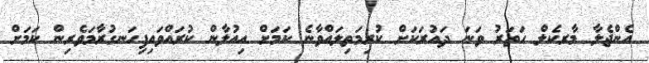
އެންޖެލާ މާރކެލް ހަަތަރު ވަނަ ދައުރަކަށް ކުރިމަތިލައްވާނެ ކަމަަށް އިއުލާން ކުރައްވައިފިހަނގުރާމަވެރިން ކަމަށް